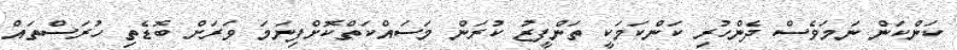
ކަންކަން ނަމަވެސް ދެންހުރި ކަންކަމަކީ ތަންފީޒު ކުރަން މަސައްކަތްކޮށްފިނަމަ ވަރަށް ބޮޑެތި ހުރަސްތައް